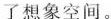
了想象空间。